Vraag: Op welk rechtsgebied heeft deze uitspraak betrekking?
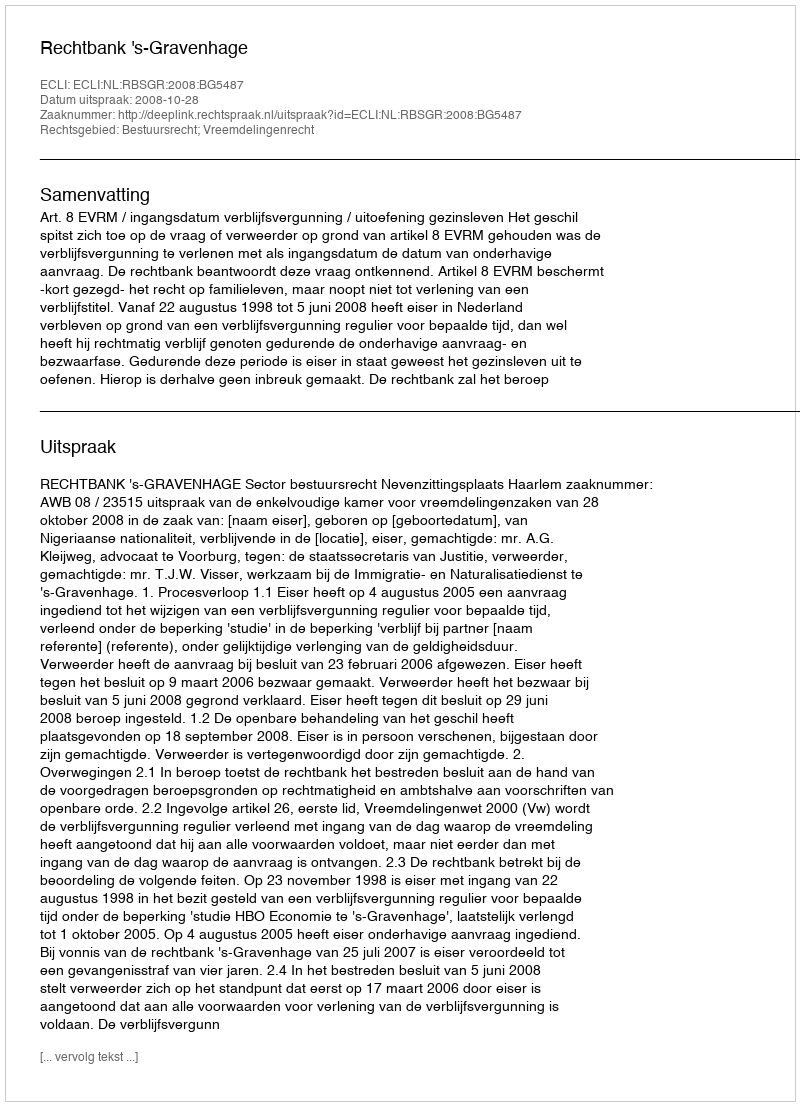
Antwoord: Bestuursrecht; Vreemdelingenrecht